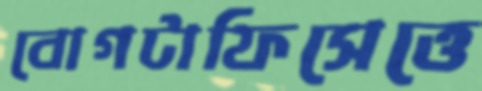
বোগটাফিসেত্তে